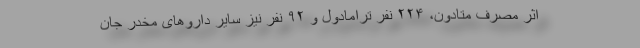
اثر مصرف متادون، ۲۲۴ نفر ترامادول و ۹۲ نفر نیز سایر داروهای مخدر جان